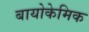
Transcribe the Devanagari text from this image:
बायोकेमिक